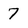
Character: 7